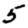
Digit: 5